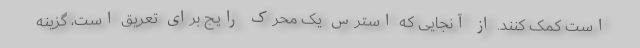
است کمک کنند. از آنجایی که استرس یک محرک رایج برای تعریق است، گزینه